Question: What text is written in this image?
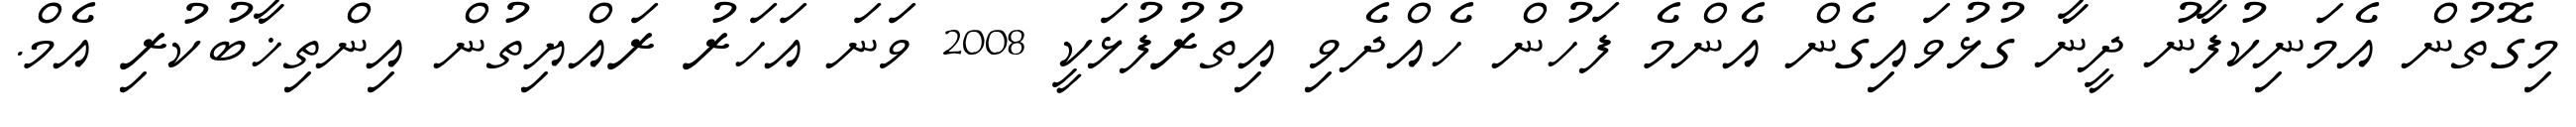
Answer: މިގޮތުން އެމަނިކުފާނު ދީނާ ގުޅުވައިގެން އެންމެ ފަހުން ހެއްދެވި އިތުރުފުޅަކީ 2008 ވަނަ އަހަރު ރައްޔިތުން އިންތިޚާބުކުރި އެމް.